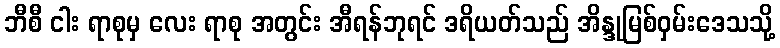
ဘီစီ ငါး ရာစုမှ လေး ရာစု အတွင်း အီရန်ဘုရင် ဒရိယတ်သည် အိန္ဒုမြစ်ဝှမ်းဒေသသို့